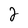
Character: 2